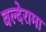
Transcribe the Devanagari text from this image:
वल्देरामा